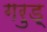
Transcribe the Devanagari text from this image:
गरुड़्